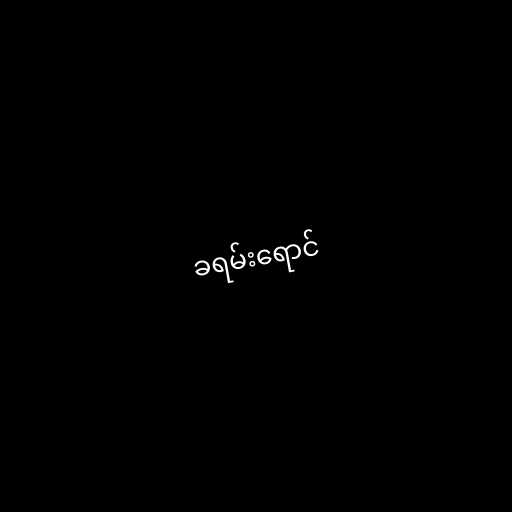
ခရမ်းရောင်